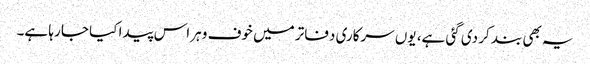
یہ بھی بند کر دی گئی ہے، یوں سرکاری دفاتر میں خوف و ہراس پیدا کیا جا رہا ہے۔